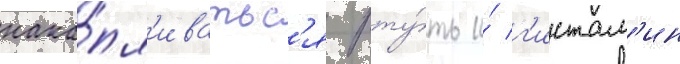
нака́пл'иватьс'я рту́ть и́ г'истам'ин